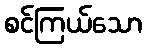
စင်ကြယ်သော